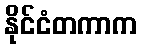
နိုင်ငံတကာက